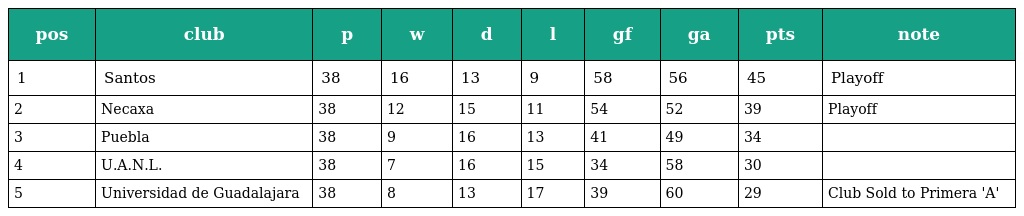
| pos | club | p | w | d | l | gf | ga | pts | note |
 | --- | --- | --- | --- | --- | --- | --- | --- | --- | --- |
 | 1 | Santos | 38 | 16 | 13 | 9 | 58 | 56 | 45 | Playoff |
 | 2 | Necaxa | 38 | 12 | 15 | 11 | 54 | 52 | 39 | Playoff |
 | 3 | Puebla | 38 | 9 | 16 | 13 | 41 | 49 | 34 |  |
 | 4 | U.A.N.L. | 38 | 7 | 16 | 15 | 34 | 58 | 30 |  |
 | 5 | Universidad de Guadalajara | 38 | 8 | 13 | 17 | 39 | 60 | 29 | Club Sold to Primera 'A' |